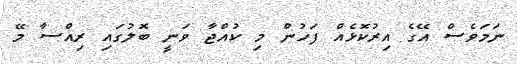
ނަމަވެސް އޭގެ އިރުކޮޅެއް ފަހުން މި ކުއްޖާ ވަނީ ބޮލުގައި ރިއްސާ މޭ